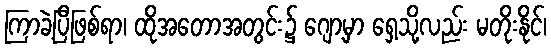
ကြာခဲ့ပြီဖြစ်ရာ၊ ထိုအတောအတွင်း၌ ဂျော့မှာ ရှေ့သို့လည်း မတိုးနိုင်၊